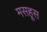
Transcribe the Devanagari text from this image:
मसहूस